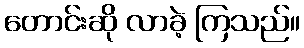
တောင်းဆို လာခဲ့ ကြသည်။